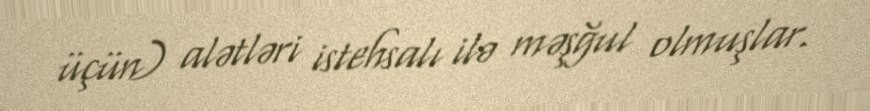
üçün) alətləri istehsalı ilə məşğul olmuşlar.